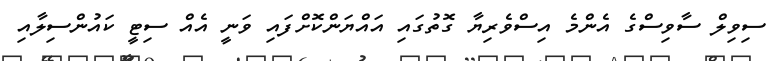
ސިވިލް ސާވިސްގެ އެންމެ އިސްވެރިޔާ ގޮތުގައި އައްޔަންކޮށްފައި ވަނީ އެއް ސިޓީ ކައުންސިލާއި